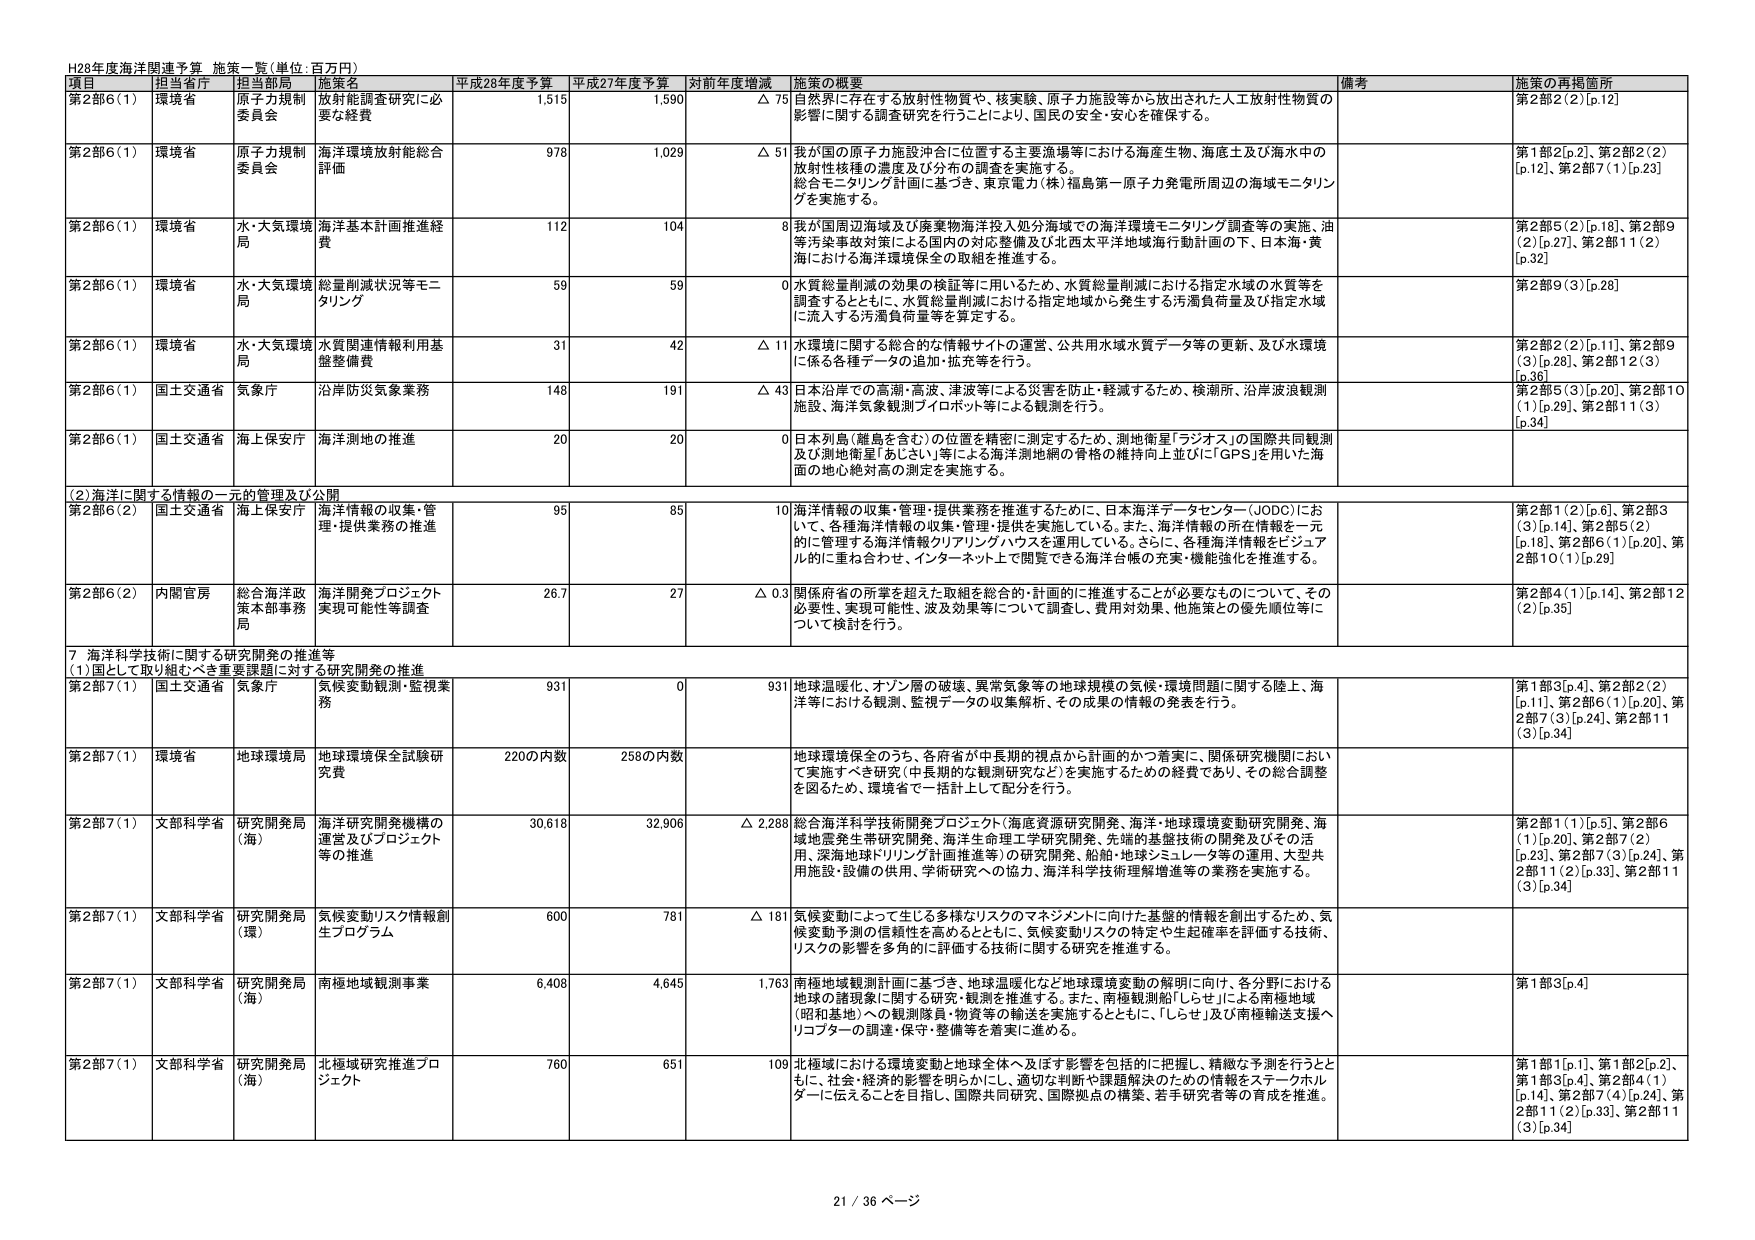
H28年度海洋関連予算 施策一覧(単位:百万円)

項目 担当省庁 担当部局 施策名 平成28年度予算 平成27年度予算 対前年度増減 施策の概要 備考 施策の再掲箇所

第2部6(1) 環境省 原子力規制委員会 放射能調査研究に必要な経費 1,515 1,590 △ 75 自然界に存在する放射性物質や、核実験、原子力施設等から放出された人工放射性物質の影響に関する調査研究を行うことにより、国民の安全・安心を確保する。 第2部2(2)[p.12]

第2部6(1) 環境省 原子力規制委員会 海洋環境放射能総合評価 978 1,029 △ 51 我が国の原子力施設沖合に位置する主要漁場等における海産生物、海底土及び海水中の放射性核種の濃度及び分布の調査を実施する。 総合モニタリング計画に基づき、東京電力(株)福島第一原子力発電所周辺の海域モニタリングを実施する。 第1部2[p.2]、第2部2(2)[p.12]、第2部7(1)[p.23]

第2部6(1) 環境省 水・大気環境局 海洋基本計画推進経費 112 104 8 我が国周辺海域及び廃棄物海洋投入処分海域での海洋環境モニタリング調査等の実施、油等汚染事故対策による国内の対応整備及び北西太平洋地域海行動計画の下、日本海・黄海における海洋環境保全の取組を推進する。 第2部5(2)[p.18]、第2部9(2)[p.27]、第2部11(2)[p.32]

第2部6(1) 環境省 水・大気環境局 総量削減状況等モニタリング 59 59 0 水質総量削減の効果の検証等に用いるため、水質総量削減における指定水域の水質等を調査するとともに、水質総量削減における指定地域から発生する汚濁負荷量及び指定水域に流入する汚濁負荷量等を算定する。 第2部9(3)[p.28]

第2部6(1) 環境省 水・大気環境局 水質関連情報利用基盤整備費 31 42 △ 11 水環境に関する総合的な情報サイトの運営、公共用水域水質データ等の更新、及び水環境に係る各種データの追加・拡充等を行う。 第2部2(2)[p.11]、第2部9(3)[p.28]、第2部12(3)[p.36]

第2部6(1) 国土交通省 気象庁 沿岸防災気象業務 148 191 △ 43 日本沿岸での高潮・高波、津波等による災害を防止・軽減するため、検潮所、沿岸波浪観測施設、海洋気象観測フロボット等による観測を行う。 第2部5(3)[p.20]、第2部10(1)[p.29]、第2部11(3)[p.34]

第2部6(1) 国土交通省 海上保安庁 海洋測地の推進 20 20 0 日本列島(離島を含む)の位置を精密に測定するため、測地衛星「ラジオス」の国際共同観測及び測地衛星「あじさい」等による海洋測地網の骨格の維持向上並びに「GPS」を用いた海面の地心絶対高の測定を実施する。

(2)海洋に関する情報の一元的管理及び公開

第2部6(2) 国土交通省 海上保安庁 海洋情報の収集・管理・提供業務の推進 95 85 10 海洋情報の収集・管理・提供業務を推進するために、日本海洋データセンター(JODC)において、各種海洋情報の収集・管理・提供を実施している。また、海洋情報の所在情報を一元的に管理する海洋情報クリアリングハウスを運用している。さらに、各種海洋情報をビジュアル的に重ね合わせ、インターネット上で閲覧できる海洋台帳の充実・機能強化を推進する。 第2部1(2)[p.6]、第2部3(3)[p.14]、第2部5(2)[p.18]、第2部6(1)[p.20]、第2部10(1)[p.29]

第2部6(2) 内閣官房 総合海洋政策本部事務局 海洋開発プロジェクト実現可能性等調査 26.7 27 △ 0.3 関係府省の所掌を超えた取組を総合的・計画的に推進することが必要なものについて、その必要性、実現可能性、波及効果等について調査し、費用対効果、他施策との優先順位等について検討を行う。 第2部4(1)[p.14]、第2部12(2)[p.35]

7 海洋科学技術に関する研究開発の推進等

(1)国として取り組むべき重要課題に対する研究開発の推進

第2部7(1) 国土交通省 気象庁 気候変動観測・監視業務 931 0 931 地球温暖化、オゾン層の破壊、異常気象等の地球規模の気候・環境問題に関する陸上、海洋等における観測、監視データの収集解析、その成果の情報の発表を行う。 第1部3[p.4]、第2部2(2)[p.11]、第2部6(1)[p.20]、第2部7(3)[p.24]、第2部11(3)[p.34]

第2部7(1) 環境省 地球環境局 地球環境保全試験研究費 220の内数 258の内数 地球環境保全のうち、各府省が中長期的視点から計画的かつ着実に、関係研究機関において実施すべき研究(中長期的な観測研究など)を実施するための経費であり、その総合調整を図るため、環境省で一括計上して配分を行う。

第2部7(1) 文部科学省 研究開発局(海) 海洋研究開発機構の運営及びプロジェクト等の推進 30,618 32,906 △ 2,288 総合海洋科学技術開発プロジェクト(海底資源研究開発、海洋・地球環境変動研究開発、海域地盤発生帯研究開発、海洋生命理工学研究開発、先端的基盤技術の開発及びその活用、深海地球ドリリング計画推進等)の研究開発、船舶・地球シミュレータ等の運用、大型共用施設・設備の供用、学術研究への協力、海洋科学技術理解増進等の業務を実施する。 第2部1(1)[p.5]、第2部6(1)[p.20]、第2部7(2)[p.23]、第2部7(3)[p.24]、第2部11(2)[p.33]、第2部11(3)[p.34]

第2部7(1) 文部科学省 研究開発局(環) 気候変動リスク情報創生プログラム 600 781 △ 181 気候変動によって生じる多様なリスクのマネジメントに向けた基礎的情報を創出するため、気候変動予測の信頼性を高めるとともに、気候変動リスクの特定や生起確率を評価する技術、リスクの影響を多角的に評価する技術に関する研究を推進する。

第2部7(1) 文部科学省 研究開発局(海) 南極地域観測事業 6,408 4,645 1,763 南極地域観測計画に基づき、地球温暖化など地球環境変動の解明に向け、各分野における地球の諸現象に関する研究・観測を推進する。また、南極観測船「しらせ」による南極地域(昭和基地)への観測隊員・物資等の輸送を実施するとともに、「しらせ」及び南極輸送支援ヘリコプターの調達・保守・整備等を着実に進める。 第1部3[p.4]

第2部7(1) 文部科学省 研究開発局(海) 北極域研究推進プロジェクト 760 651 109 北極域における環境変動と地球全体へ及ぼす影響を包括的に把握し、精緻な予測を行うとともに、社会・経済的影響を明らかにし、適切な判断や課題解決のための情報をステークホルダーに伝えることを目指し、国際共同研究、国際拠点の構築、若手研究者等の育成を推進。 第1部1[p.1]、第1部2[p.2]、第1部3[p.4]、第2部4(1)[p.14]、第2部7(4)[p.24]、第2部11(2)[p.33]、第2部11(3)[p.34]

21 / 36 ページ